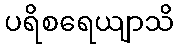
ပရိစရေယျာသိ